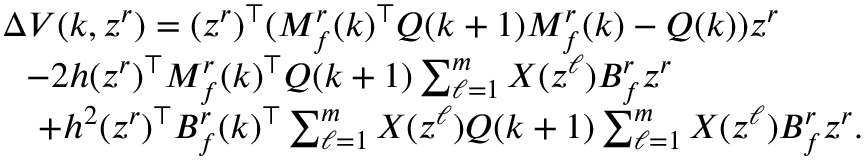
\begin{array} { r l } & { \Delta V ( k , z ^ { r } ) = ( z ^ { r } ) ^ { \top } ( M _ { f } ^ { r } ( k ) ^ { \top } Q ( k + 1 ) M _ { f } ^ { r } ( k ) - Q ( k ) ) z ^ { r } } \\ & { ~ ~ - 2 h ( z ^ { r } ) ^ { \top } M _ { f } ^ { r } ( k ) ^ { \top } Q ( k + 1 ) \textstyle \sum _ { \ell = 1 } ^ { m } X ( z ^ { \ell } ) B _ { f } ^ { r } z ^ { r } } \\ & { ~ ~ ~ + h ^ { 2 } ( z ^ { r } ) ^ { \top } B _ { f } ^ { r } ( k ) ^ { \top } \textstyle \sum _ { \ell = 1 } ^ { m } X ( z ^ { \ell } ) Q ( k + 1 ) \textstyle \sum _ { \ell = 1 } ^ { m } X ( z ^ { \ell } ) B _ { f } ^ { r } z ^ { r } . } \end{array}